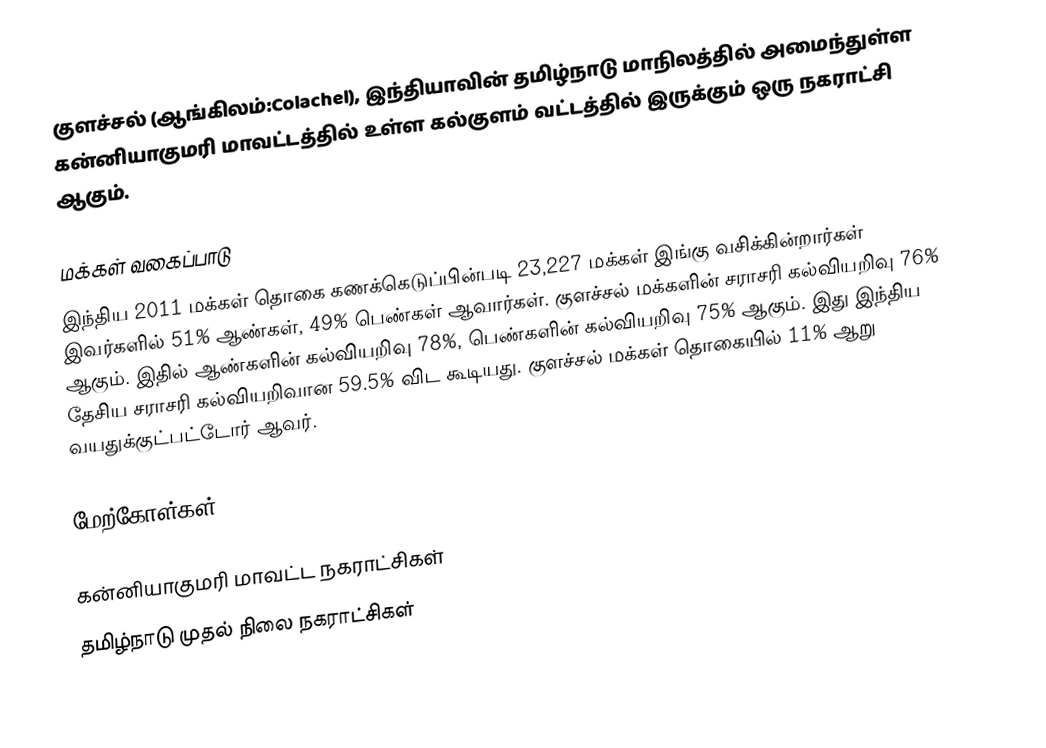
குளச்சல் (ஆங்கிலம்:Colachel), இந்தியாவின் தமிழ்நாடு மாநிலத்தில் அமைந்துள்ள கன்னியாகுமரி மாவட்டத்தில் உள்ள கல்குளம் வட்டத்தில் இருக்கும் ஒரு நகராட்சி ஆகும்.

மக்கள் வகைப்பாடு
இந்திய 2011 மக்கள் தொகை கணக்கெடுப்பின்படி 23,227 மக்கள் இங்கு வசிக்கின்றார்கள் இவர்களில் 51% ஆண்கள், 49% பெண்கள் ஆவார்கள். குளச்சல் மக்களின் சராசரி கல்வியறிவு 76% ஆகும். இதில் ஆண்களின் கல்வியறிவு 78%, பெண்களின் கல்வியறிவு 75% ஆகும். இது இந்திய தேசிய சராசரி கல்வியறிவான 59.5% விட கூடியது. குளச்சல் மக்கள் தொகையில் 11%  ஆறு வயதுக்குட்பட்டோர் ஆவர்.

மேற்கோள்கள்

கன்னியாகுமரி மாவட்ட நகராட்சிகள்
தமிழ்நாடு முதல் நிலை நகராட்சிகள்